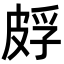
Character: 𬐕